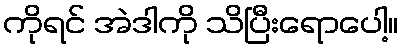
ကိုရင် အဲဒါကို သိပြီးရောပေါ့။